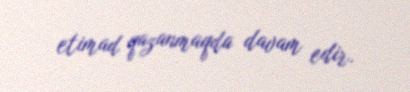
etimad qazanmaqda davam edir.